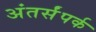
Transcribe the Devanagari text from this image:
अंतर्संपर्क